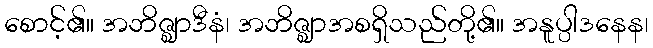
စောင့်၏။ အဘိဇ္ဈာဒီနံ၊ အဘိဇ္ဈာအစရှိသည်တို့၏။ အနူပ္ပါဒနေန၊